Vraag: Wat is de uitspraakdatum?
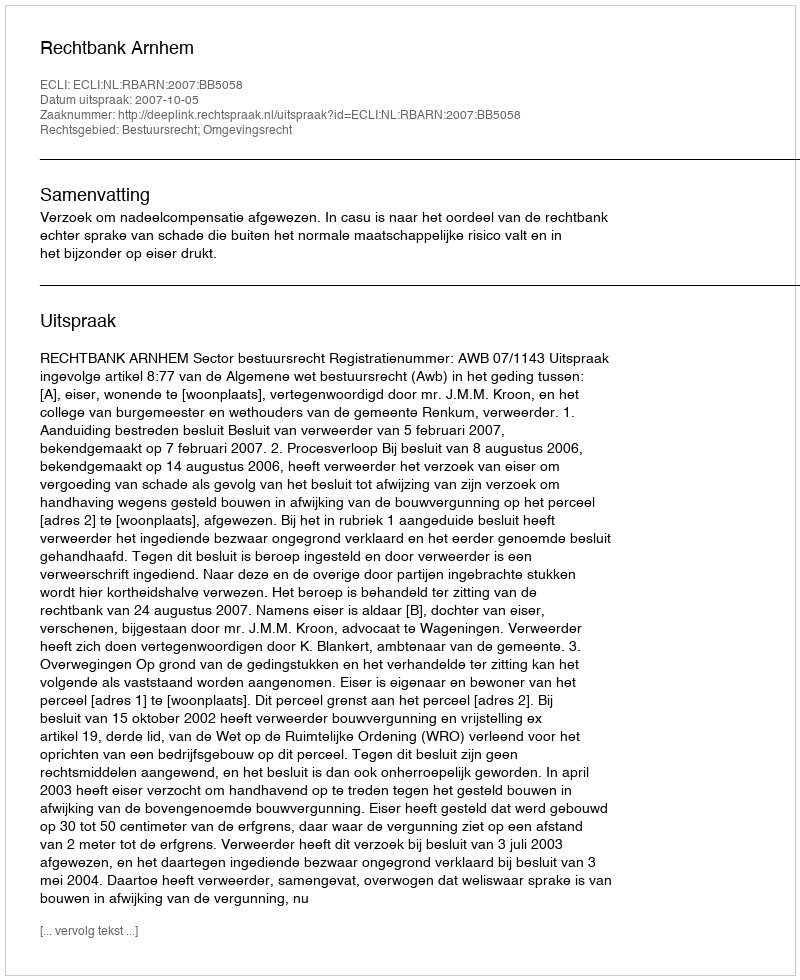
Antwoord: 2007-10-05